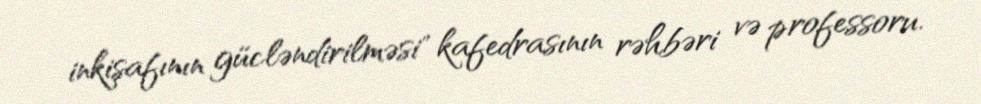
inkişafının gücləndirilməsi" kafedrasının rəhbəri və professoru.